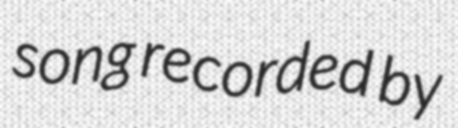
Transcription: song recorded by